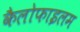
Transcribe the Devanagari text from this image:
कैलोफाइलम